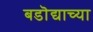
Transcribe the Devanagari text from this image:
बडॊद्याच्या